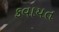
કવાયત